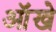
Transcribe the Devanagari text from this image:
आॅखे